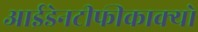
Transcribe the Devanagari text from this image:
आईडेनटीफीकाक्यो